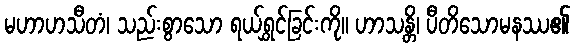
မဟာဟသီတံ၊ သည်းစွာသော ရယ်ရွှင်ခြင်းကို။ ဟာသန္တိ၊ ပီတိသောမနဿ၏